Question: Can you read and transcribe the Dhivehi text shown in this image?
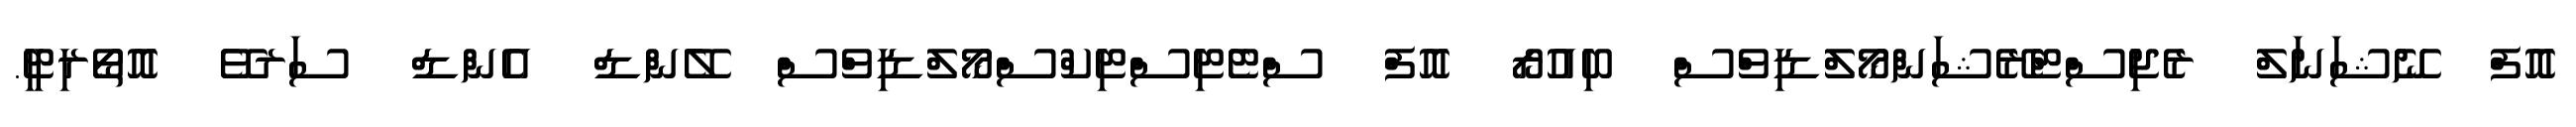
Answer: އޮފް ނޭޝަނަލް ރެޖިސްޓްރޭޝަންމޯލްޑިވްސް ބިއުރޯ އޮފް ސްޓެޓިސްޓިކްސްމޯލްޑިވްސް ލޭންޑް އެންޑް ސަރވޭ އޮތޯރިޓީ.